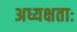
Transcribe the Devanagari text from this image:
अध्यक्षताः